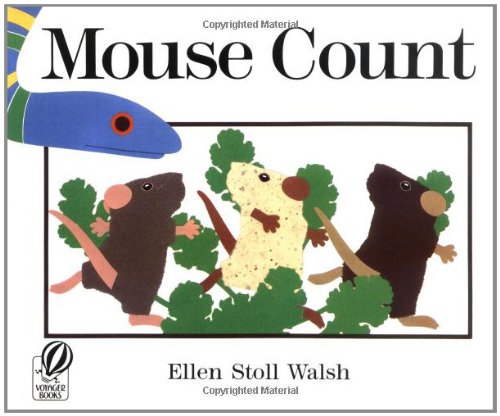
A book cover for Mouse Count; Ellen Stoll Walsh; Children's Books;